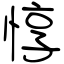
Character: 惇